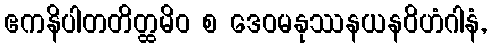
ဧကနိပါတတိတ္ထမိဝ စ ဒေဝမနုဿနယနဝိဟံဂါနံ,